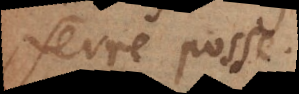
ferre posse.